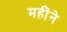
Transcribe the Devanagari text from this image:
महींने